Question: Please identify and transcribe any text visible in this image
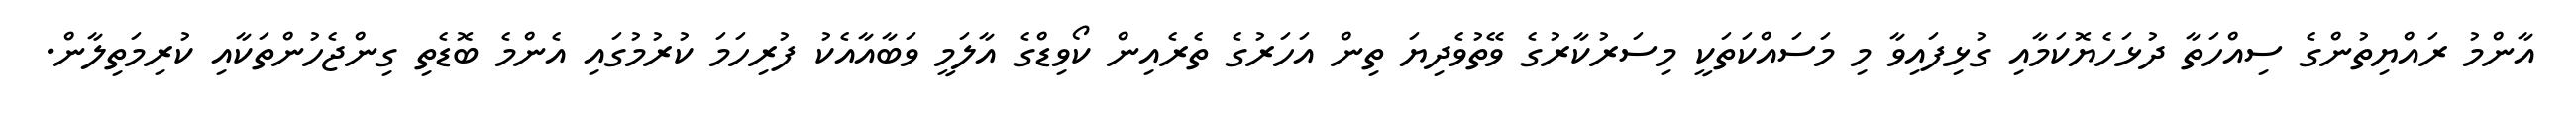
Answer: އާންމު ރައްޔިތުންގެ ސިއްހަތާ ދުޅަހެޔޮކަމާއި ގުޅިފައިވާ މި މަސައްކަތަކީ މިސަރުކާރުގެ ވޭތުވެދިޔަ ތިން އަހަރުގެ ތެރެއިން ކޯވިޑްގެ އާލަމީ ވަބާއާއެކު ފުރިހަމަ ކުރުމުގައި އެންމެ ބޮޑެތި ގިންޖެހުންތަކާއި ކުރިމަތިލާން.